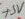
Text: +5V